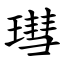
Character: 㻰